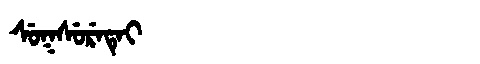
Manchu: ᠰᡠᡴᠰᡠᡵᡝᡨᡝᡳ
Romanization: SUKSURETEI